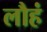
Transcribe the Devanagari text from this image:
लौहं